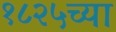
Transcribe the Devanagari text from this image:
१८२५च्या